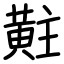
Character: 黈